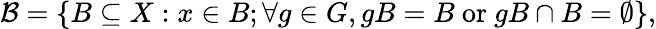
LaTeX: {\mathcal{B}}=\{ B\subseteq X:x\in B;\forall g\in G,gB=B\ \mathrm{or}\ gB\cap B=\emptyset\} ,